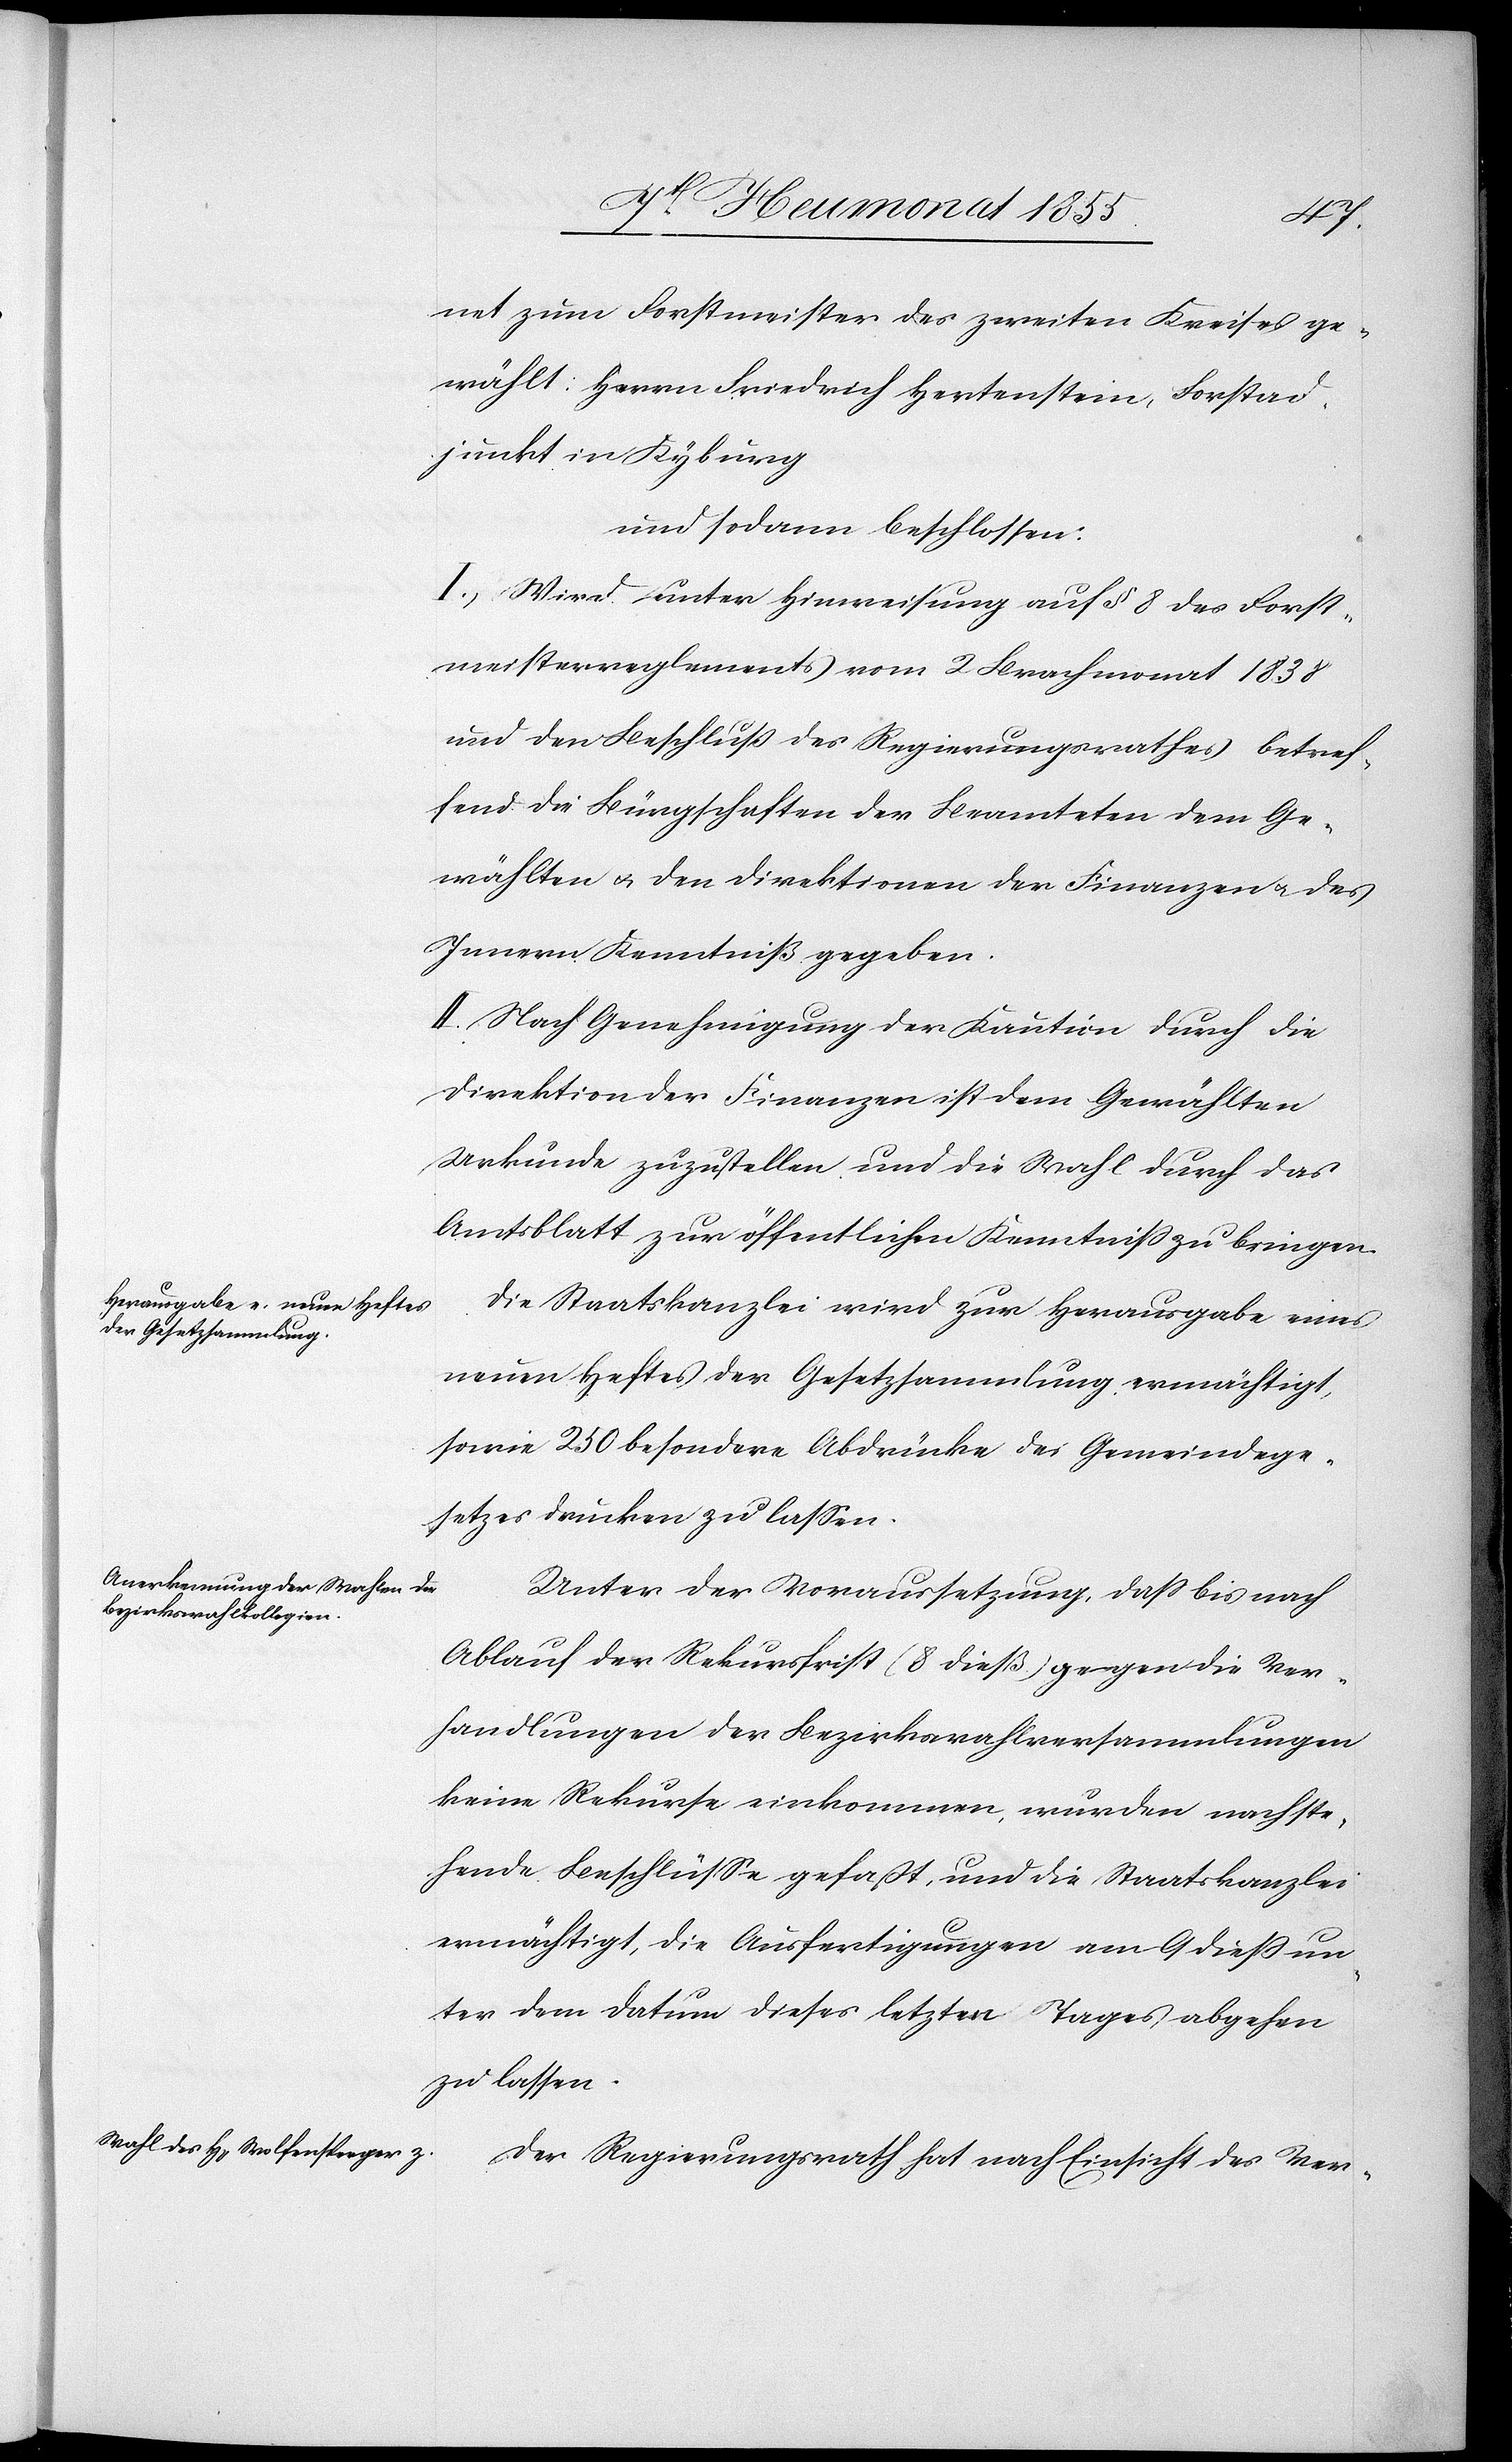
net zum Forstmeister des zweiten Kreises ge¬
wählt: Herrn Friedrich Hertenstein, Forstad¬
junkt in Kyburg
und sodann beschlossen:
I, Wird unter Hinweisung auf § 8 des Forst¬
meisterreglements vom 2 Brachmonat 1838
und den Beschluß des Regierungsrathes betref¬
fend die Bürgschaften der Beamteten dem Ge¬
wählten & den Direktionen der Finanzen & des
Innern Kenntniß gegeben.
II. Nach Genehmigung der Kaution durch die
Direktion der Finanzen ist dem Gewählten
Urkunde zuzustellen und die Wahl durch das
Amtsblatt zur öffentlichen Kenntniss zu bringen.
Die Staatskanzlei wird zur Herausgabe eines
neuen Heftes der Gesetzsammlung ermächtigt,
sowie 250 besondere Abdrücke des Gemeindege¬
setzes drucken zu lassen.
Unter der Voraussetzung, dass bis nach
Ablauf der Rekursfrist (8 dieß.) gegen die Ver¬
handlungen der Bezirkswahlversammlungen
keine Rekurse einkommen, wurden nachste¬
hende Beschlüsse gefaßt, und die Staatskanzlei
ermächtigt, die Ausfertigungen am 9 diess un¬
ter dem Datum dieses letzten Tages abgehen
zu lassen.
Der Regierungsrath hat nach Einsicht des Ver-